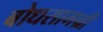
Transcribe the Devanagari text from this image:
बोधसामग्री